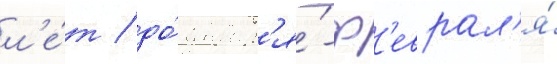
л'е́т / до́ январ'я́-ф'еврал'я́